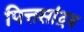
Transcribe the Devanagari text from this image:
पित्तसांद्रव